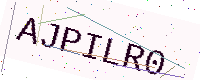
Text: AJPILR0